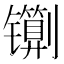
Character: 𰿇